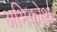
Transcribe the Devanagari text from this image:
अभिकोथ